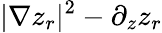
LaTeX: |\nabla z_{r}|^{2}-\partial_{z}z_{r}